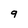
Character: 9